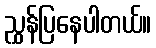
ညွှန်ပြနေပါတယ်။